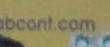
bcont.com